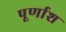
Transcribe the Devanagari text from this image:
पूर्णाश